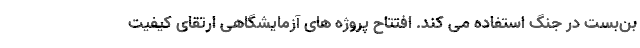
بن‌بست در جنگ استفاده می کند. افتتاح پروژه های آزمایشگاهی ارتقای کیفیت